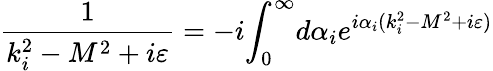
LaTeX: \frac 1{k_{i}^{2}-M^{2}+i\varepsilon}=-i{\int_{0}^{\infty}}d\alpha_{i}e^{i\alpha_{i}(k_{i}^{2}-M^{2}+i\varepsilon)}